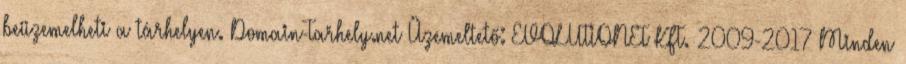
beüzemelheti a tárhelyen. Domain-Tarhely.net Üzemeltető: EVOLUTIONET KFT. 2009-2017 Minden